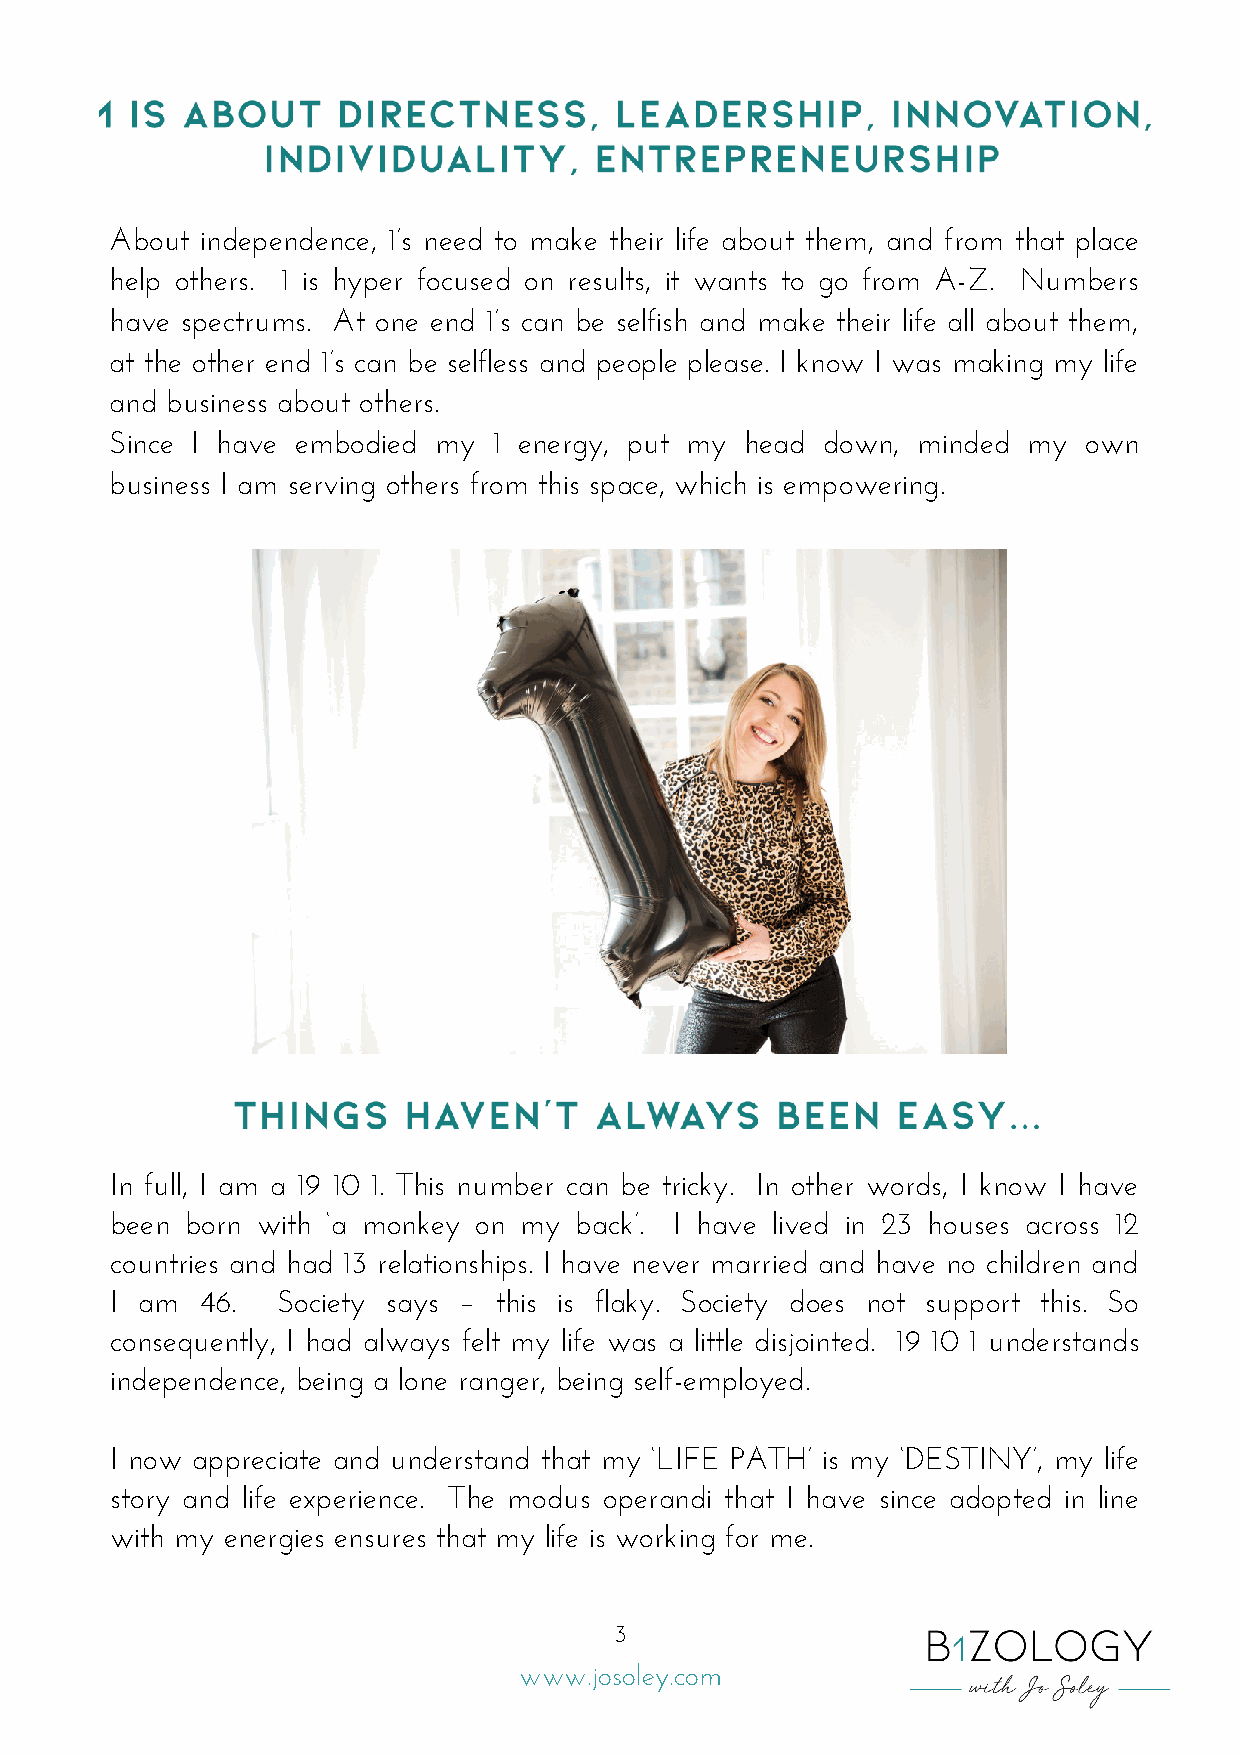
About independence, 1’s need to make their life about them, and from that place
 help others. 1 is hyper focused on results, it wants to go from A-Z. Numbers
 have spectrums. At one end 1’s can be selfish and make their life all about them,
 at the other end 1’s can be selfless and people please. I know I was making my life
 and business about others.
 Since I have embodied my  1 energy, put my head down, minded my  own
 business I am serving others from this space, which is empowering.
 In full, I am a 19 10 1. This number can be tricky. In other words, I know I have
 been born with ‘a monkey on my back’. I have lived in 23 houses across 12
 countries and had 13 relationships. I have never married and have no children and
 I am  46.  Society says – this is flaky. Society does not support this. So
 consequently, I had always felt my life was a little disjointed. 19 10 1 understands
 independence, being a lone ranger, being self-employed.
 I now appreciate and understand that my ‘LIFE PATH’ is my ‘DESTINY’, my life
 story and life experience. The modus operandi that I have since adopted in line
 with my energies ensures that my life is working for me.
 3
 www.josoley.com